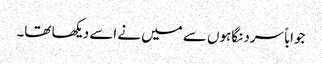
جواباً سرد نگاہوں سے میں نے اسے دیکھا تھا۔